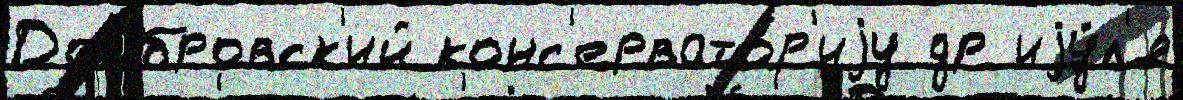
Домбровск'ий конс'ервато́р'иjу др иjу́л'я